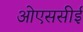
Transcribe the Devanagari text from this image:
ओएससीई